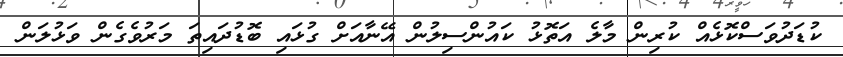
ކުޑަދުވަސްކޮޅެއް ކުރިން މާލެ އަތޮޅު ކައުންސިލުން އޭނާއަށް ގުޅައި ބޮޑުދައިތަ މަރުވެގެން ވަޅުލަން